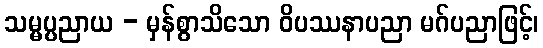
သမ္မပ္ပညာယ - မှန်စွာသိသော ဝိပဿနာပညာ မဂ်ပညာဖြင့်၊